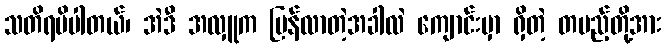
သတိရမိပါတယ်၊ အဲဒီ အလှူက ပြန်လာတဲ့အခါလဲ ကျောင်းမှာ ရှိတဲ့ တပည့်တို့အား